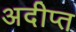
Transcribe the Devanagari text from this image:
अदीप्त